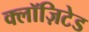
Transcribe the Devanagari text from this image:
क्लॉज़िटेड